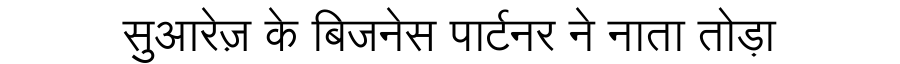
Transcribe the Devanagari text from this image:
सुआरेज़ के बिजनेस पार्टनर ने नाता तोड़ा